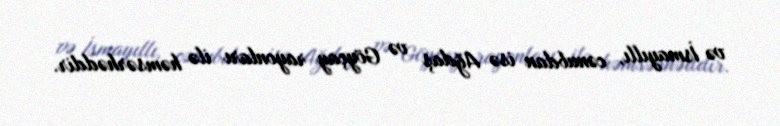
və İsmayıllı, cənubdan isə Ağdaş və Göyçay rayonları ilə həmsərhəddir.